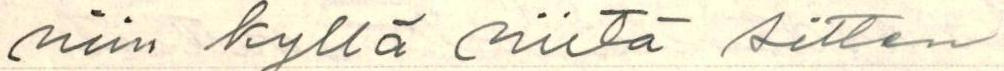
niin kyllä niitä sitten